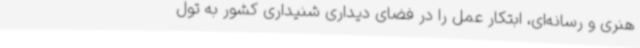
هنری و رسانه‌ای، ابتکار عمل را در فضای دیداری شنیداری کشور به تول